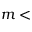
m <